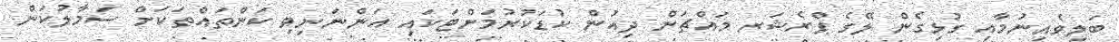
ބަލިވެއިނުމާއި ގުޅިގެން ލޭގެ ޕްރެޝަރ މައްޗަށް ދިއުން ކުޑަކުރުމަށްޓަކައި އަންނަނިވި ކަންތައްތަކަށް ސަމާލުކަން